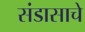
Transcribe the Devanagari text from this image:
संडासाचे